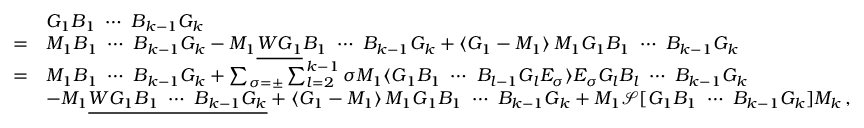
\begin{array} { r l } & { G _ { 1 } B _ { 1 } \ \cdots \ B _ { k - 1 } G _ { k } } \\ { = } & { M _ { 1 } B _ { 1 } \ \cdots \ B _ { k - 1 } G _ { k } - M _ { 1 } \underline { { W G _ { 1 } } } B _ { 1 } \ \cdots \ B _ { k - 1 } G _ { k } + \langle G _ { 1 } - M _ { 1 } \rangle \, M _ { 1 } G _ { 1 } B _ { 1 } \ \cdots \ B _ { k - 1 } G _ { k } } \\ { = } & { M _ { 1 } B _ { 1 } \ \cdots \ B _ { k - 1 } G _ { k } + \sum _ { \sigma = \pm } \sum _ { l = 2 } ^ { k - 1 } \sigma M _ { 1 } \langle G _ { 1 } B _ { 1 } \ \cdots \ B _ { l - 1 } G _ { l } E _ { \sigma } \rangle E _ { \sigma } G _ { l } B _ { l } \ \cdots \ B _ { k - 1 } G _ { k } } \\ & { - M _ { 1 } \underline { { W G _ { 1 } B _ { 1 } \ \cdots \ B _ { k - 1 } G _ { k } } } + \langle G _ { 1 } - M _ { 1 } \rangle \, M _ { 1 } G _ { 1 } B _ { 1 } \ \cdots \ B _ { k - 1 } G _ { k } + M _ { 1 } \mathcal { S } [ G _ { 1 } B _ { 1 } \ \cdots \ B _ { k - 1 } G _ { k } ] M _ { k } \, , } \end{array}